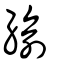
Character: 緰